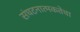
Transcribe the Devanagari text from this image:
संघटनात्मकतेचा